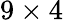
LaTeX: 9\times 4